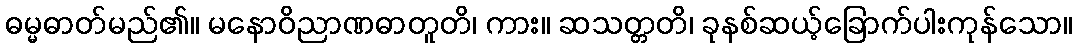
ဓမ္မဓာတ်မည်၏။ မနောဝိညာဏဓာတူတိ၊ ကား။ ဆသတ္တတိ၊ ခုနစ်ဆယ့်ခြောက်ပါးကုန်သော။